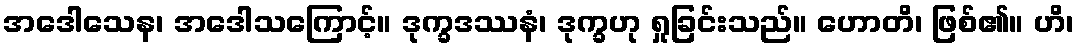
အဒေါသေန၊ အဒေါသကြောင့်။ ဒုက္ခဒဿနံ၊ ဒုက္ခဟု ရှုခြင်းသည်။ ဟောတိ၊ ဖြစ်၏။ ဟိ၊